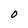
Character: O